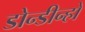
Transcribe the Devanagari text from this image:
डोन्डीन्हो